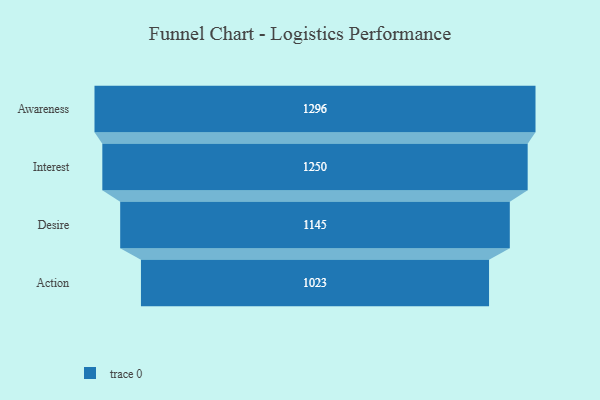
{"axis": {"x": "Stage", "y": "Value"}, "legend": [""], "data": [{"x": "Awareness", "y": 1296.0, "type": ""}, {"x": "Interest", "y": 1250.0, "type": ""}, {"x": "Desire", "y": 1145.0, "type": ""}, {"x": "Action", "y": 1023.0, "type": ""}]}